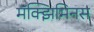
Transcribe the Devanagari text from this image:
मॅक्झिमिनस